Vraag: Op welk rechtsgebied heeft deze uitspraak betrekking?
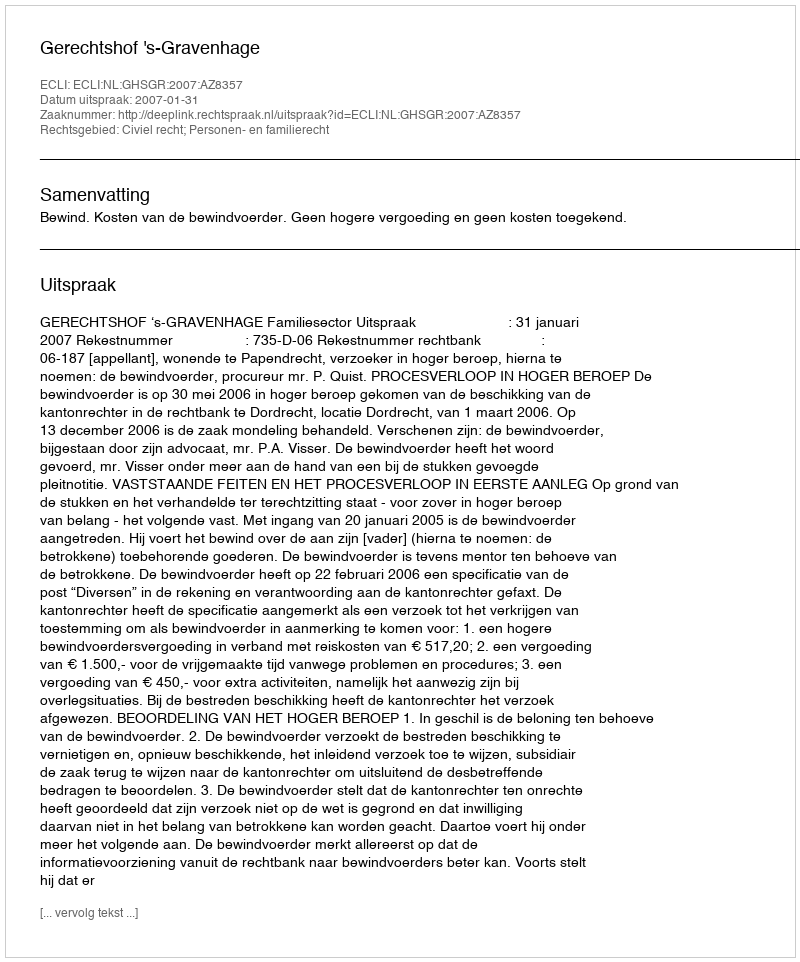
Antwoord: Civiel recht; Personen- en familierecht